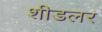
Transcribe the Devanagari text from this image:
शीडलर